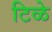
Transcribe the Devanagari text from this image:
टिळे